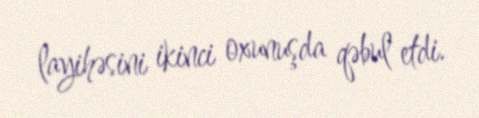
layihəsini ikinci oxunuşda qəbul etdi.